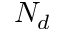
N _ { d }